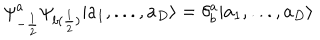
\psi _ { - \frac { 1 } { 2 } } ^ { a } \psi _ { b ( \frac { 1 } { 2 } ) } | a _ { 1 } , . . . , a _ { D } \rangle = \delta _ { b } ^ { a } | a _ { 1 } , . . . , a _ { D } \rangle